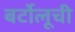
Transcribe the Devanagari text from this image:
बर्टोलूची